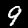
Label: 9